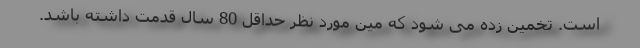
است. تخمین زده می شود که مین مورد نظر حداقل 80 سال قدمت داشته باشد.